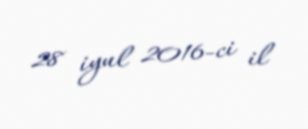
28 iyul 2016-ci il